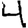
Digit: 4